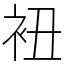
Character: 𧘥